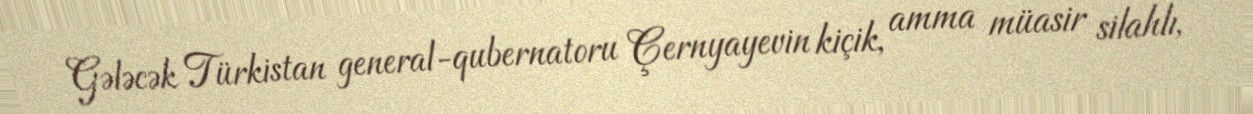
Gələcək Türkistan general-qubernatoru Çernyayevin kiçik, amma müasir silahlı,